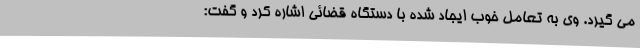
می گیرد. وی به تعامل خوب ایجاد شده با دستگاه قضائی اشاره کرد و گفت: